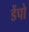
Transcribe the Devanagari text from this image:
डेंपो